Vaccination in Burma 1920-1933 - 1920-1933
Year: 1920
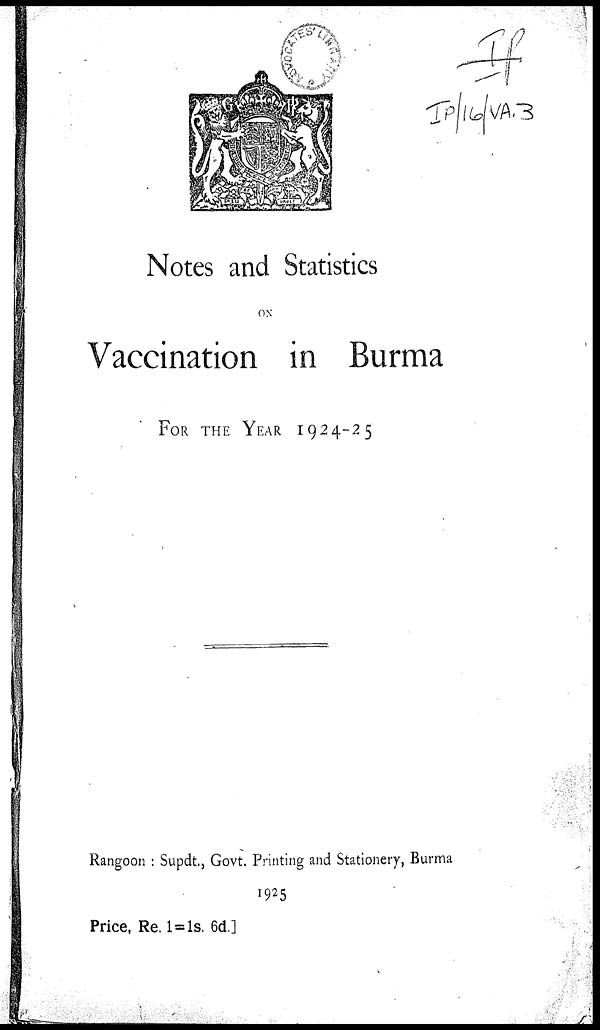
Notes and Statistics
ON
Vaccination in Burma
FOR THE YEAR 1924-25
Rangoon : Supdt., Govt. Printing and Stationery, Burma
1925
Price, Re. 1=1s. 6d.]